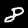
Label: 8